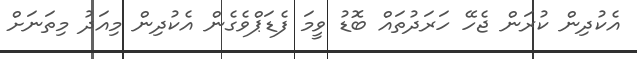
އެކުދިން ކުރަން ޖެހޭ ހަރަދުތައް ބޮޑު ވީމަ ފެޑަޕްވެގެން އެކުދިން މިއަދު މިތަނަށް